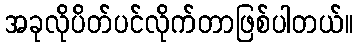
အခုလိုပိတ်ပင်လိုက်တာဖြစ်ပါတယ်။